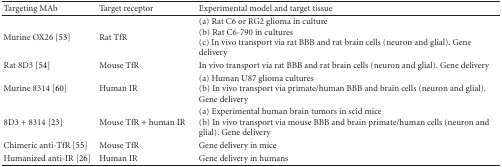
<table><thead><tr><td><b> Targeting MAb</b></td><td><b>Target receptor</b></td><td><b>Experimental model and target tissue</b></td></tr></thead><tbody><tr><td> Murine OX26 [53]</td><td>Rat TfR</td><td>(a) Rat C6 or RG2 glioma in culture(b) Rat C6-790 in cultures(c) In vivo transport via rat BBB and rat brain cells (neuron and glial). Gene delivery</td></tr><tr><td> Rat 8D3 [54]</td><td>Mouse TfR</td><td>In vivo transport via rat BBB and rat brain cells (neuron and glial). Gene delivery</td></tr><tr><td> Murine 8314 [60]</td><td>Human IR</td><td>(a) Human U87 glioma cultures(b) In vivo transport via primate/human BBB and brain cells (neuron and glial). Gene delivery</td></tr><tr><td>8D3 + 8314 [23]</td><td>Mouse TfR + human IR</td><td>(a) Experimental human brain tumors in scid mice(b) In vivo transport via mouse BBB and brain primate/human cells (neuron and glial). Gene delivery</td></tr><tr><td> Chimeric anti-TfR [55]</td><td>Mouse TfR</td><td> Gene delivery in mice</td></tr><tr><td> Humanized anti-IR [26]</td><td>Human IR</td><td> Gene delivery in humans</td></tr></tbody></table>